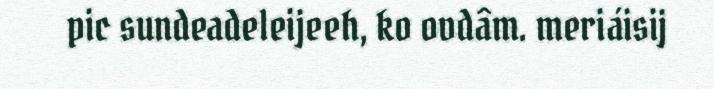
pic sundeadeleijeeh, ko ovdâm. meriáisij